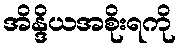
အိန္ဒိယအစိုးရကို